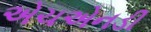
એચએનડી